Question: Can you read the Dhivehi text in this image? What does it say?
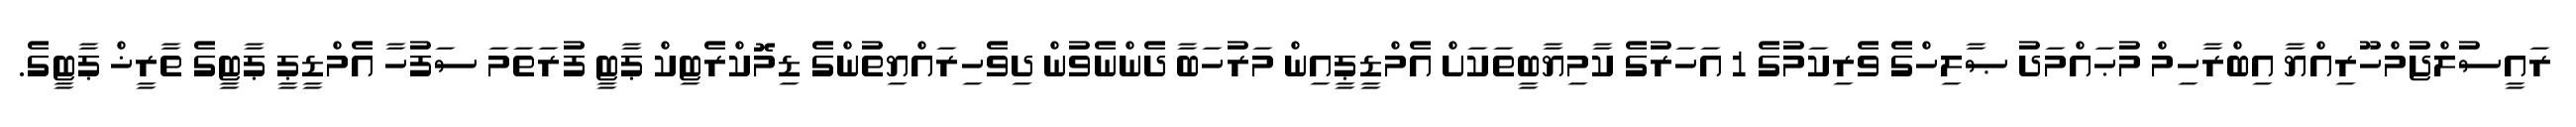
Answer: ރައީސުލްޖުމްހޫރިއްޔާ އިބްރާހިމް މުޙައްމަދު ޞާލިހްގެ ވެރިކަމުގެ 1 އަހަރުގެ ކާމިޔާބީތަކަށް އެމްޑީޕީއިން މަރުހަބާ ދެންނެވުން ދިވެހިރައްޔިތުންގެ ޑިމޮކްރެޓިކް ޕާޓީ ފުރަތަމަ ސަފުހާ އެމްޑީޕީ ޕާޓީގެ ތާރީޚް ޕާޓީގެ.